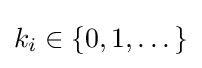
k_{i}\in \{0,1,\dots \}